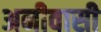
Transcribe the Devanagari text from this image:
अनीवासी